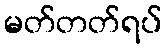
မတ်တတ်ရပ်